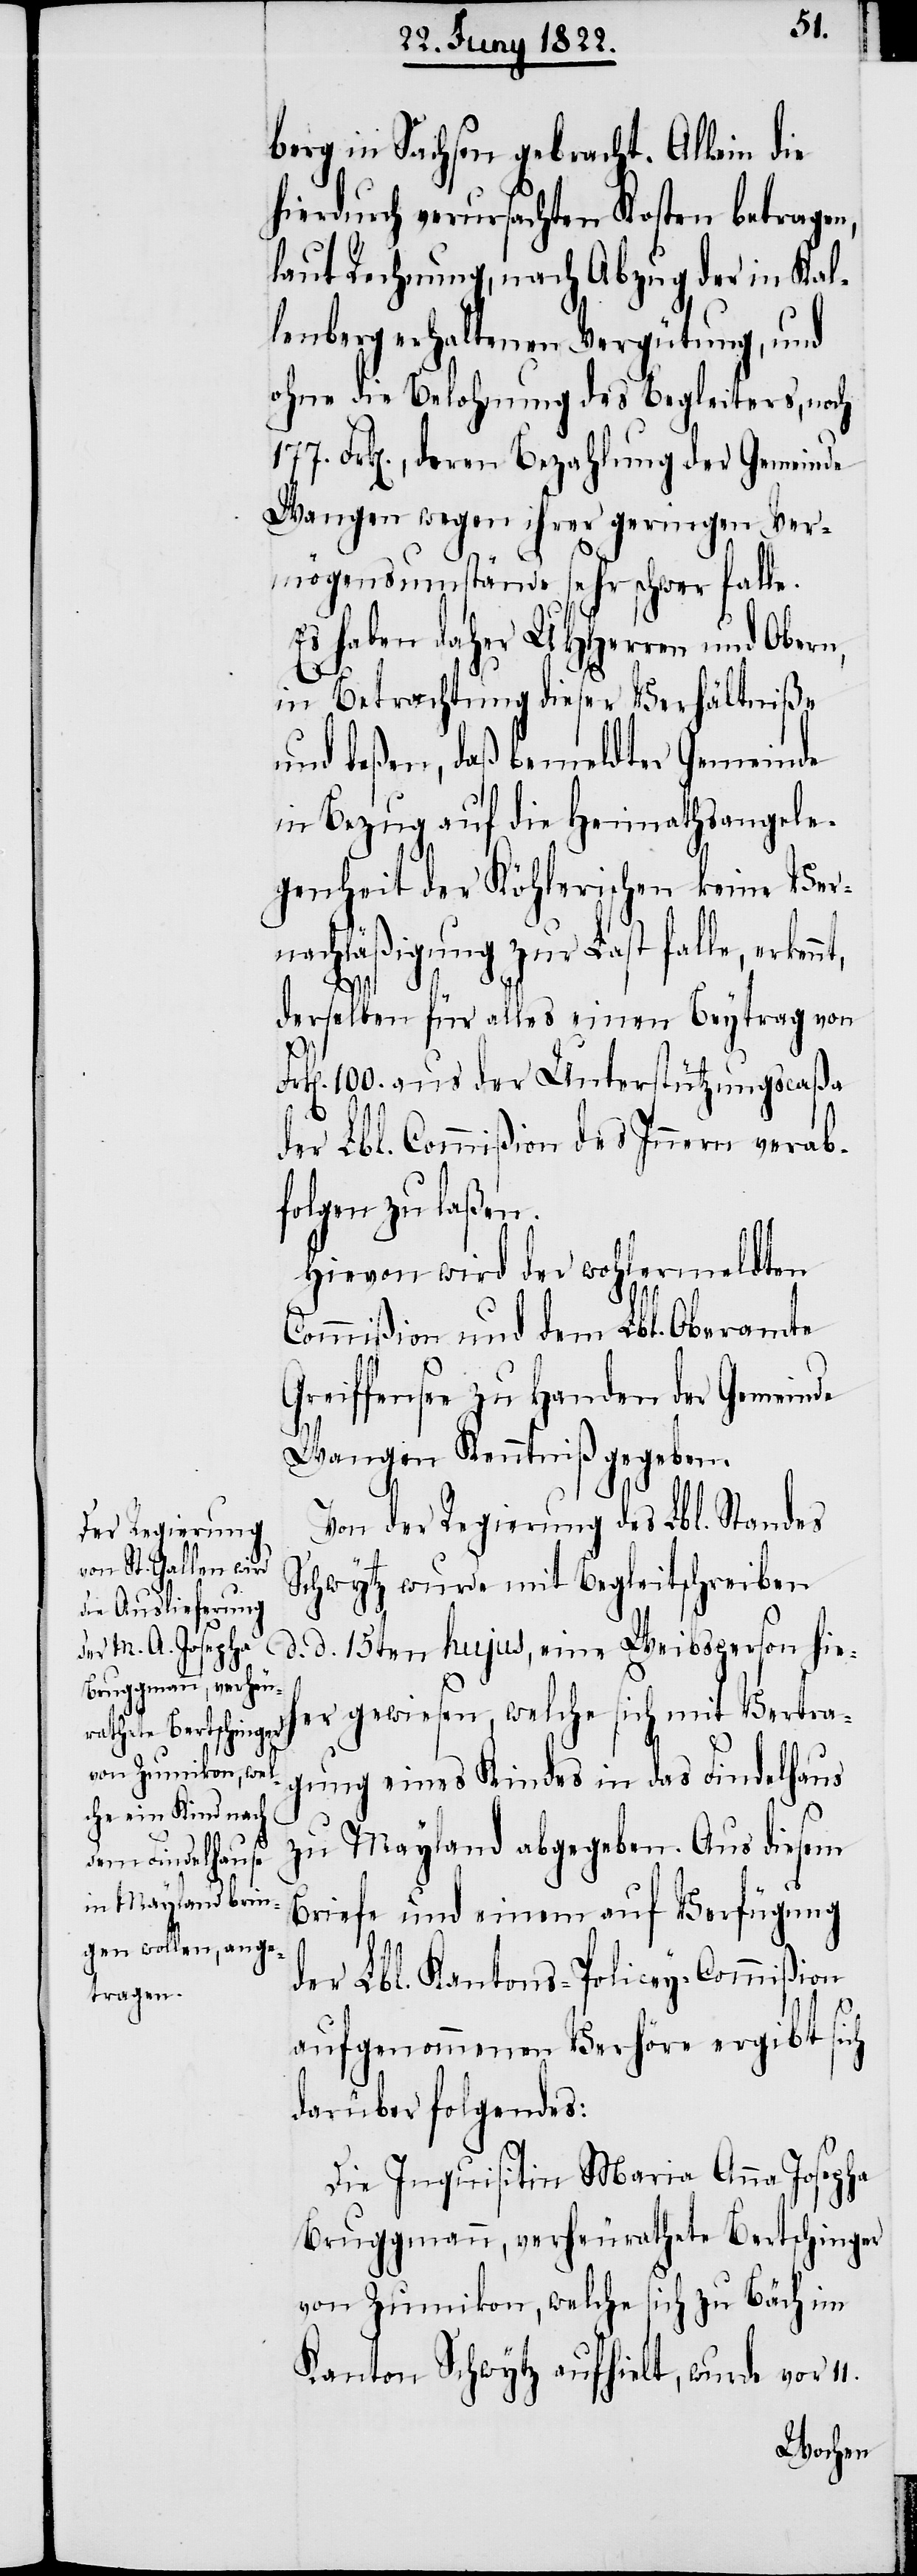
berg in Sachsen gebracht. Allein die
hierdurch verursachten Kosten betragen,
laut Rechnung nach Abzug der in Kal¬
lenberg erhaltenen Vergütung, und
ohne die Belohnung des Begleiters, noch
Frk[en]., deren Bezahlung der Gemeinde
Wangen wegen ihrer geringen Ver¬
mögensumstände sehr schwer falle.
Es haben daher UHHerren und Obern,
in Betrachtung dieser Verhältniße
und deßen, daß bemeldter Gemeinde
in Bezug auf die Heimathsangele¬
genheit der Köhlerischen keine Ver¬
nachläßigung zur Last falle, erkenn¬
11.
derselben für alles einen Beytrag von
Frk[en] 100. aus der Unterstützungscaßa
der Lbl. Commißion des Innern verab¬
folgen zu laßen.
Hievon wir der wohlermeldten
Commißion und dem Lbl. Oberamte
Greiffensee zu Handen der Gemeinde
Wangen Kenntniß gegeben.
Von der Regierung des Lbl. Standes
Schwytz wurde mit Begleitschreiben
d. d. 15ten hujus, eine Weibsperson hie¬
her gewiesen, welche sich mit Vertra¬
gung eines Kindes in das Findelhaus
zu Mayland abgegeben. Aus diesem
Briefe und einem auf Verfügung
der Lbl. Kantons-Policey-Commißion
aufgenommenen Verhöre ergibt sich
darüber folgendes:
Die Inquisitin Maria Anna Josepha
Bruggmann, verheurathete Bertschinger
von Zumikon, welche sich zu Bäch im
Kanton Schwytz aufhielt, wurde vor